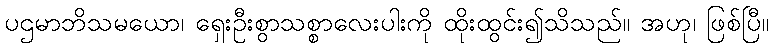
ပဌမာဘိသမယော၊ ရှေးဦးစွာသစ္စာလေးပါးကို ထိုးထွင်း၍သိသည်။ အဟု၊ ဖြစ်ပြီ။